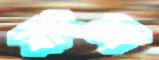
বাংল